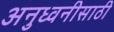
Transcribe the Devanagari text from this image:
अनुध्वनीसाठी